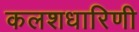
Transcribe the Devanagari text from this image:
कलशधारिणी